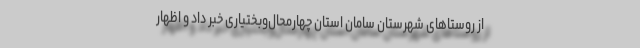
از روستاهای شهرستان سامان استان چهارمحال‌وبختیاری خبر داد و اظهار